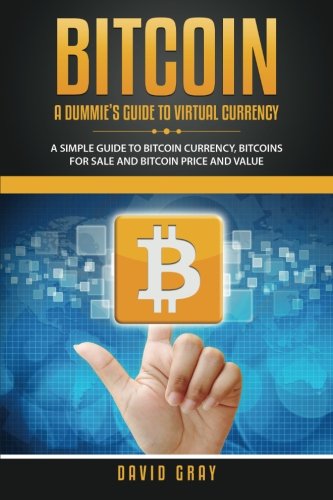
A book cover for Bitcoin: A Dummie's Guide to Virtual Currency: A Simple Guide to Bitcoin Currency, Bitcoins for Sale and Bitcoin Price and Value; David Gray; Computers & Technology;